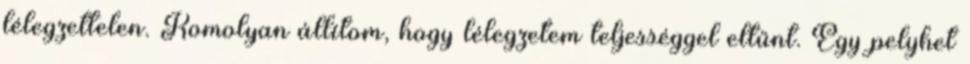
lélegzettelen. Komolyan állítom, hogy lélegzetem teljességgel eltűnt. Egy pelyhet